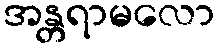
အန္တရာမလော